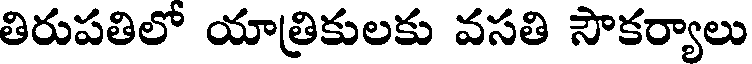
తిరుపతిలో యాత్రికులకు వసతి సౌకర్యాలు